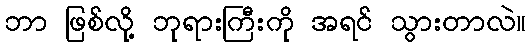
ဘာ ဖြစ်လို့ ဘုရားကြီးကို အရင် သွားတာလဲ။